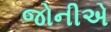
જોનીએ